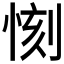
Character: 𱞤